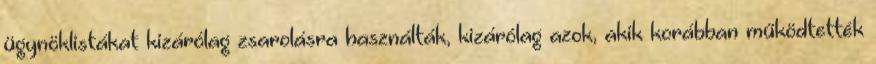
ügynöklistákat kizárólag zsarolásra használták, kizárólag azok, akik korábban működtették